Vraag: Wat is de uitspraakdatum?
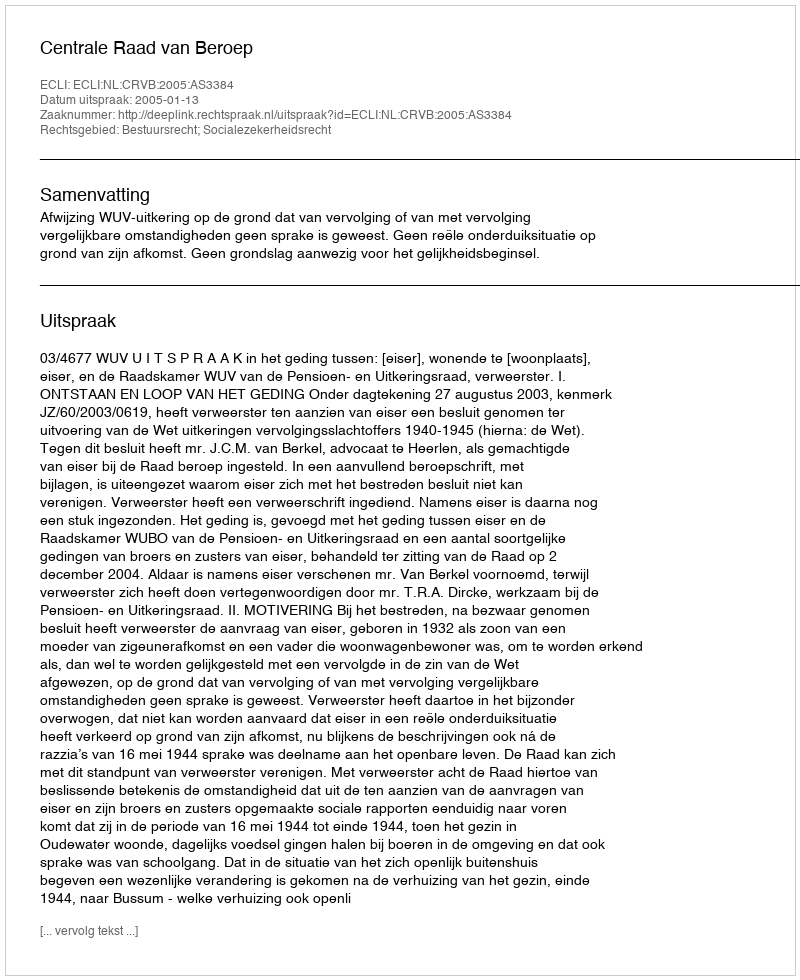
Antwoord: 2005-01-13